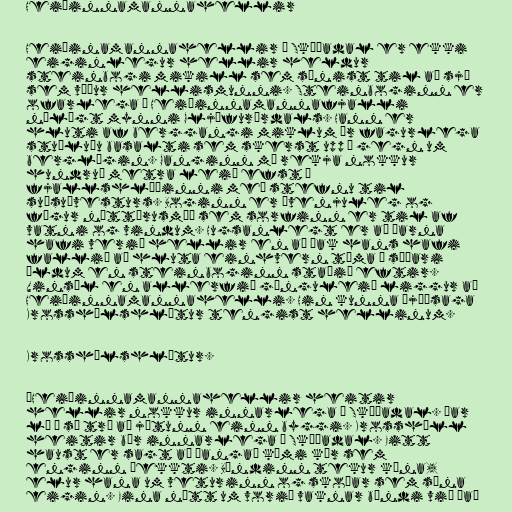
Heiðinnamannahellir

Heiðinamannahellir í Skíðadal er ekki
eiginlegur hellir heldur
steinbogi mikill sem sýnist til að sjá
sem víður hellismunni. Steinboginn er
ofarlega í Heiðinnamannafjalli
nálægt mynni Gljúfurárdals. Hann er
hluti af berggangi miklum úr fagurlega
stuðluðu basalti sem skerst upp í gegn um
berglögin. Ganginn má rekja nokkur
hundruð metra leið efst í
fjallshlíðinni með stefnu til
suðsuðvesturs. Boginn er óvenjuleg og
fögur náttúrusmíð sem sorfinn er til af
vatni og vindum. Hugsanlegt er að þarna
hafi verið hellir en að þak hans hafi
fallið að hluta einhvern tíma á síðari
öldum en steinboginn staðið eftir.
Vinsæl en allerfið gönguleið liggur að
Heiðinnamannahelli. Hin kunna þjóðsaga
Krosshólshlátur tengist hellinum.

Krosshólshlátur.

„Heiðinnamannahellir heitir
hellir nokkur innarlega í Skíðadal. Þar
lá á sú trú að jötunn einn byggi. Krosshóll
heitir bær innarlega í Skíðadal. Eitt
haust er sagt að þangað kæmi kýr sem
enginn þekkti. Bóndinn tekur kúna,
elur hana um veturinn og skoðar sem sína
eigin. Eina nótt um vorið vaknar bóndi við það